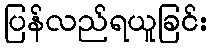
ပြန်လည်ရယူခြင်း